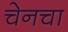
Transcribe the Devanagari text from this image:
चेनचा